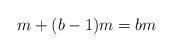
LaTeX: \begin{align*}m+(b-1)m=bm\end{align*}